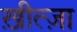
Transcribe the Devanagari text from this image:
ख़ीत्ज़ा